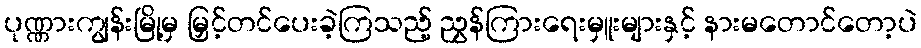
ပုဏ္ဏားကျွန်းမြို့မှ မြှင့်တင်ပေးခဲ့ကြသည့် ညွှန်ကြားရေးမှူးများနှင့် နားမတောင်တော့ပဲ